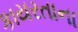
કાયરતાના